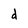
Character: d